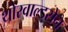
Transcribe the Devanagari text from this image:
थोरवाल्डसेन